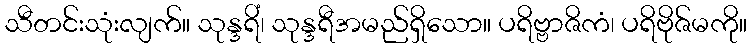
သီတင်းသုံးလျက်။ သုန္ဒရိံ၊ သုန္ဒရီအမည်ရှိသော။ ပရိဗ္ဗာဇိကံ၊ ပရိဗိုဇ်မကို။